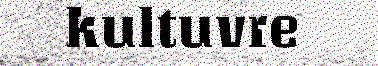
kultuvre